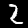
Digit: 2